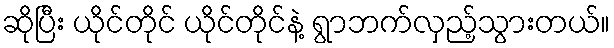
ဆိုပြီး ယိုင်တိုင် ယိုင်တိုင်နဲ့ ရွာဘက်လှည့်သွားတယ်။